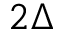
2 \Delta